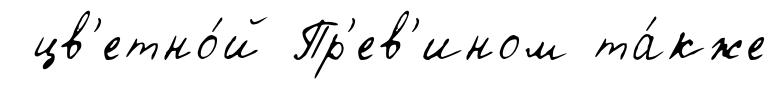
цв'етно́й Пр'ев'ином та́кже